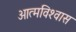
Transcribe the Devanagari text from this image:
आत्‍मविश्‍वास